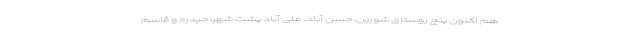
هم اکنون پنج روستای شورین، حسن آباد، علی آباد پشت شهر، حیدره و قاسم